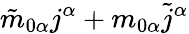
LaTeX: \tilde{m}_{0\alpha}j^{\alpha}+m_{0\alpha}\tilde{j}^{\alpha}